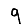
Digit: 9